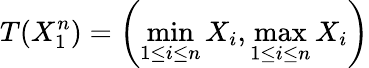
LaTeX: T(X_{1}^{n})=\left(\operatorname*{min}_{1\leq i\leq n}X_{i},\operatorname*{max}_{1\leq i\leq n}X_{i}\right)